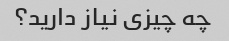
چه چیزی نیاز دارید؟